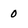
Character: 0